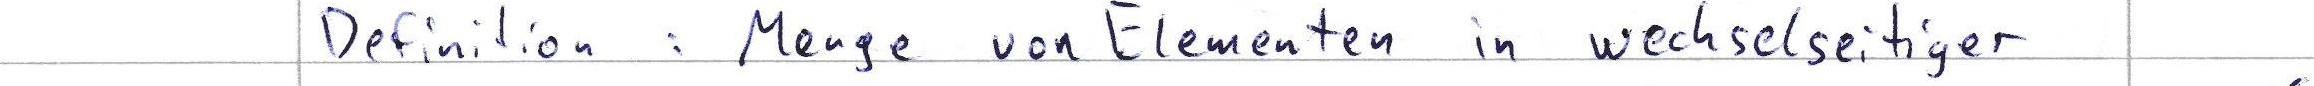
Definition : Menge von Elementen in wechselseitiger